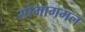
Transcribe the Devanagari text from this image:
सोभागमल